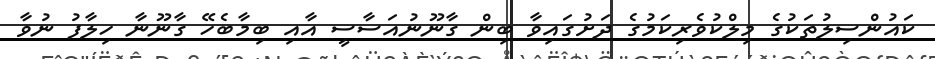
ކައުންސިލުތަކުގެ މިލްކުވެރިކަމުގެ ދަށުގައިވާ ބިން ގާނޫނުއަސާސީ އާއި ބިމާބެހޭ ގާނޫނާ ހިލާފު ނުވާ